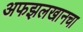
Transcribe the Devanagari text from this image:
अफझलखानचा